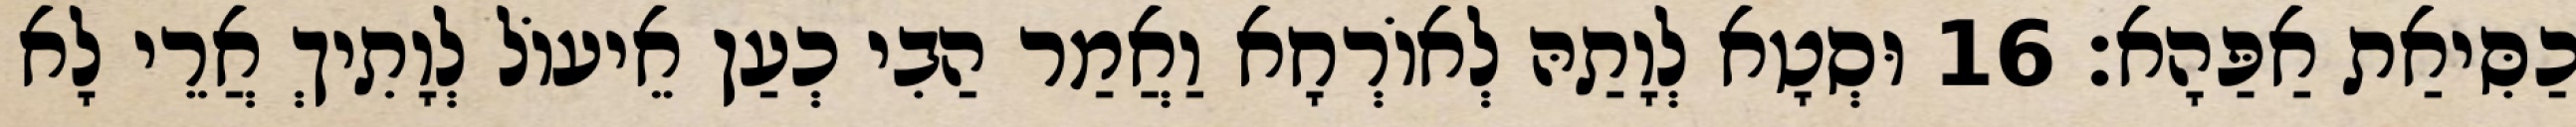
כַסִּיאַת אַפַּהָא׃ 16 וּסְטָא לְוָתַהּ לְאוֹרְחָא וַאֲמַר הַבִי כְעַן אֵיעוֹל לְוָתִיךְ אֲרֵי לָא